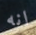
انه